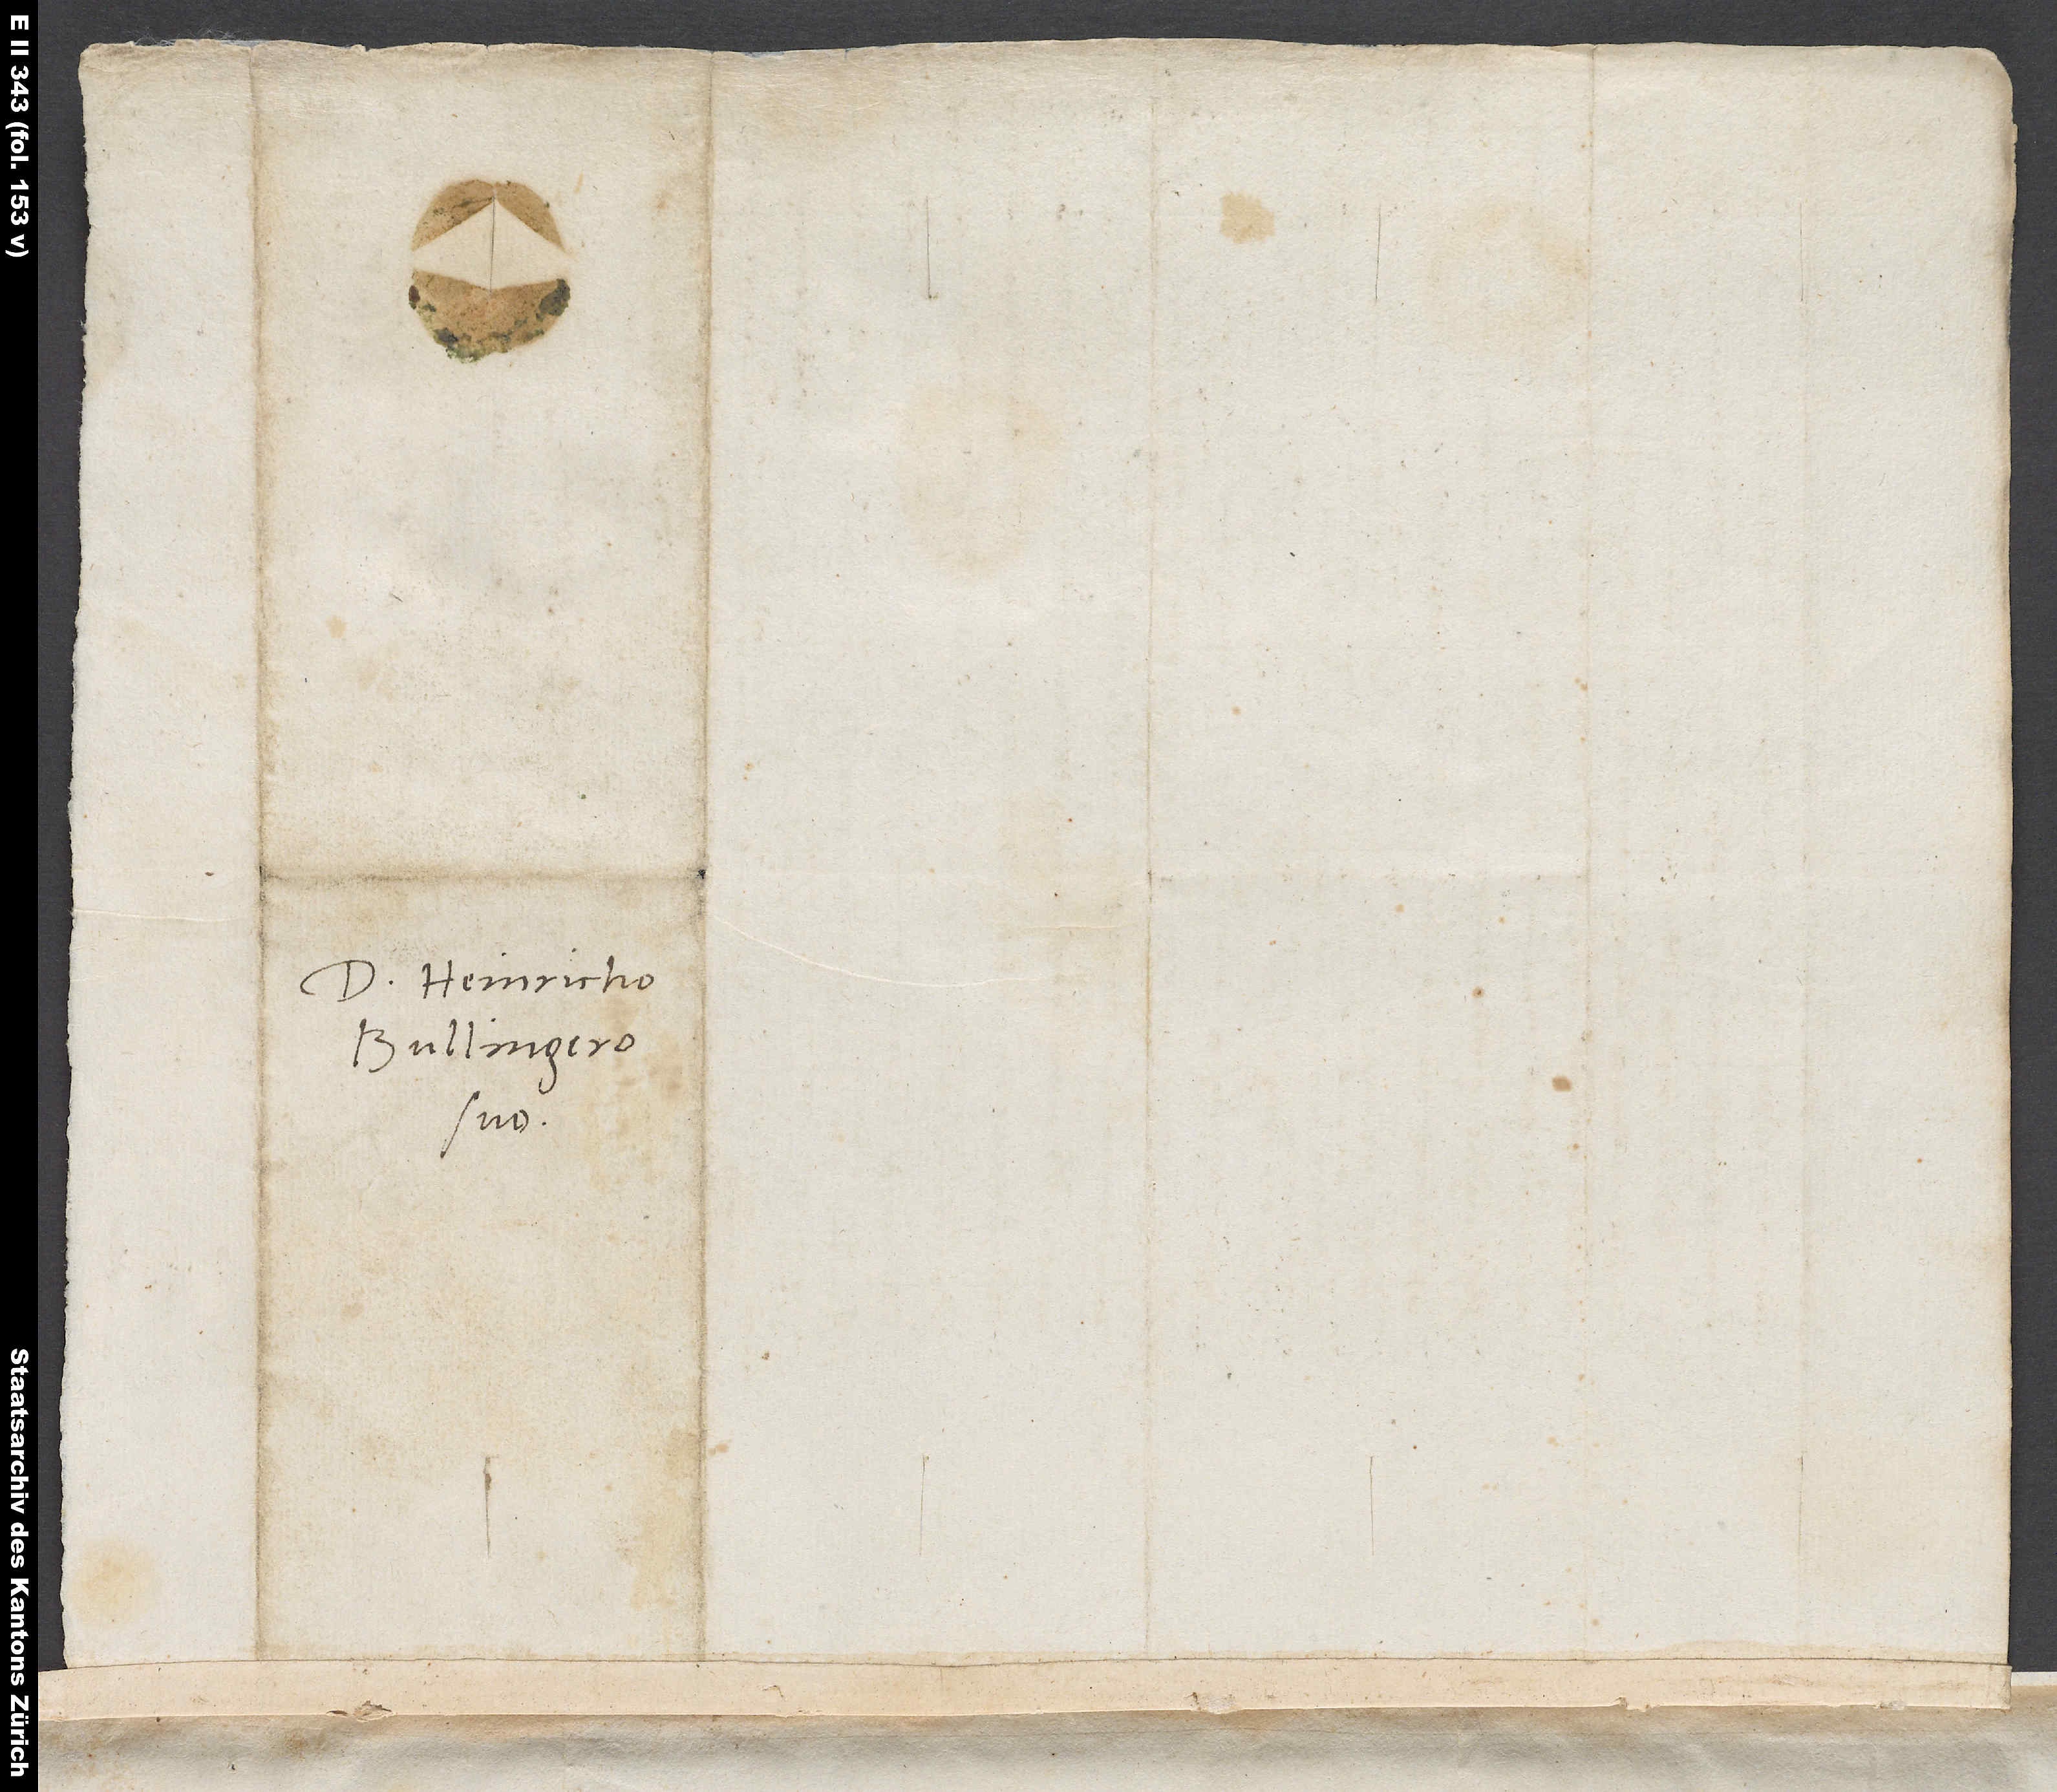
Domino Heinricho
Bullingero
suo.